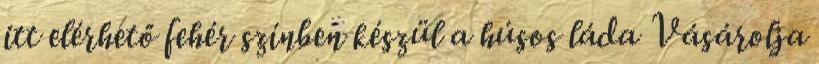
itt elérhető fehér színben készül a húsos láda Vásárolja